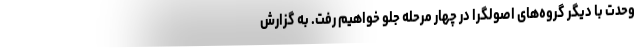
وحدت با دیگر گروه‌های اصولگرا در چهار مرحله جلو خواهیم رفت. به گزارش